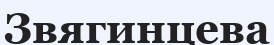
Звягинцева